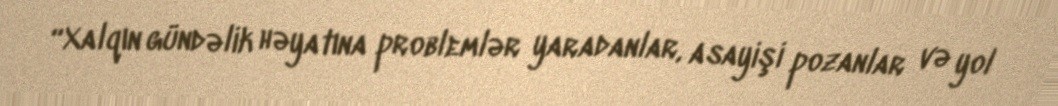
“Xalqın gündəlik həyatına problemlər yaradanlar, asayişi pozanlar və yol